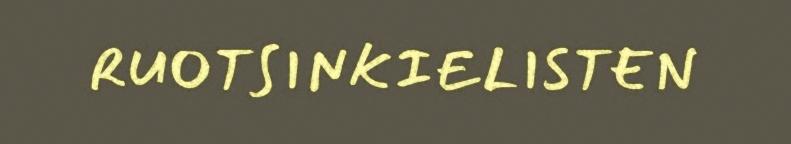
RUOTSINKIELISTEN